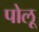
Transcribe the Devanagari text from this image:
पोलू